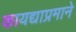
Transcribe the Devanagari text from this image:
कायद्याप्रमाने